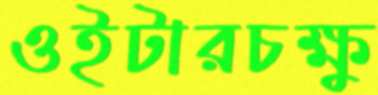
ওইটারচক্ষু